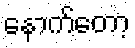
နောက်တော့